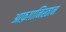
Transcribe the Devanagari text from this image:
आफ़ग़ानिस्तान